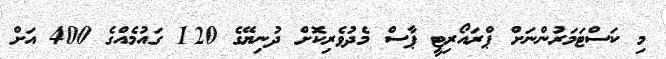
މި ކަސްޓަމަރުންނަށް ޕްރައޯރިޓީ ޕާސް މެދުވެރިކޮށް ދުނިޔޭގެ 120 ގައުމެއްގެ 400 އަށް